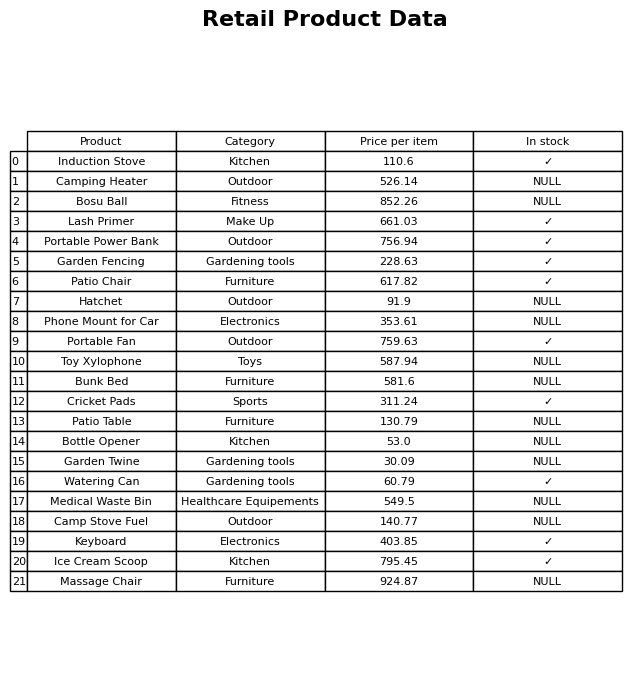
question: What is the price for Patio Chair?
answer: The price of Patio Chair is 617.82.